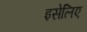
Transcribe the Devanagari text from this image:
इसेलिए